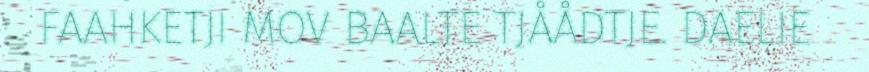
FAAHKETJI MOV BAALTE TJÅÅDTJE. DAELIE